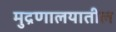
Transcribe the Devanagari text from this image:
मुद्रणालयातील